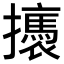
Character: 𢸣